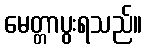
မေတ္တာပွးရသည်။